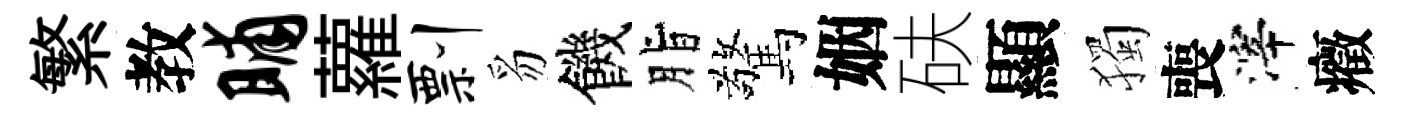
繁教晡蘿剽豸饑脂驚姻砆顯獨喪滓癥